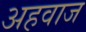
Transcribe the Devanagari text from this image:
अहवाज